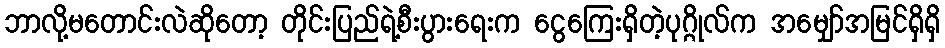
ဘာလို့မတောင်းလဲဆိုတော့ တိုင်းပြည်ရဲ့စီးပွားရေးက ငွေကြေးရှိတဲ့ပုဂ္ဂိုလ်က အမျှော်အမြင်ရှိရှိ